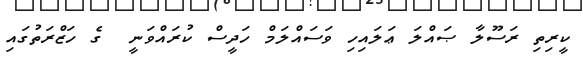
ކީރިތި ރަސޫލާ ޞައްލަ ޢަލައިހި ވަސައްލަމް ހަދީސް ކުރައްވަނީ  ގެ ހަޒްރަތުގައި